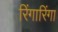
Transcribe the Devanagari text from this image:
रिंगारिंगा